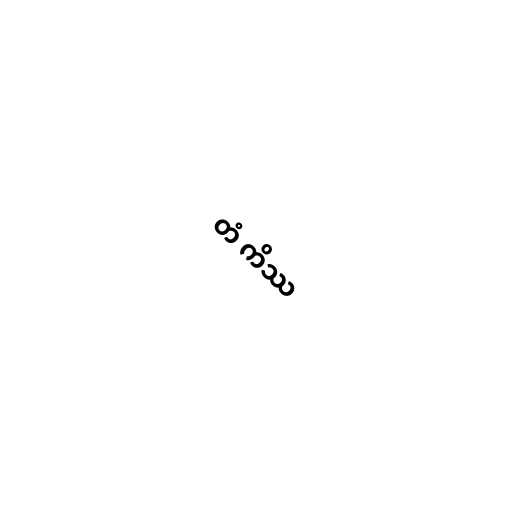
တံ ကိဿ